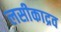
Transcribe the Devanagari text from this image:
लसीकाद्रव